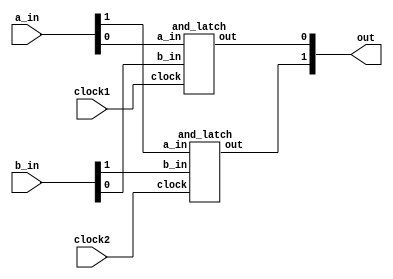
module multiclock_separate_and_latch(
    clock1,
    clock2,
	a_in,
	b_in,
	out
);

    // SIGNAL DECLARATIONS
    input   clock1;
    input   clock2;
    input	[1:0]   a_in;
    input	[1:0]   b_in;

    output	[1:0]   out;

    and_latch and_latch_zero(
        clock1,
        a_in[0],
        b_in[0],
        out[0]
    );

    and_latch and_latch_one(
        clock2,
        a_in[1],
        b_in[1],
        out[1]
    );

endmodule

module and_latch(
    clock,
	a_in,
	b_in,
	out
);

    // SIGNAL DECLARATIONS
    input	clock;
    input	a_in;
    input	b_in;

    output	reg out;

    // ASSIGN STATEMENTS
    always @(posedge clock)
    begin
        out <= a_in & b_in;
    end

endmodule